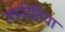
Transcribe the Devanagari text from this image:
रणनीतिया